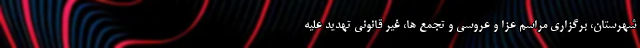
شهرستان، برگزاری مراسم عزا و عروسی و تجمع ها، غیر قانونی تهدید علیه